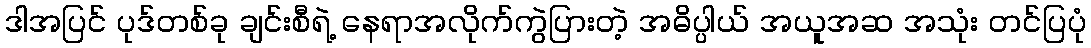
ဒါအပြင် ပုဒ်တစ်ခု ချင်းစီရဲ့ နေရာအလိုက်ကွဲပြားတဲ့ အဓိပ္ပါယ် အယူအဆ အသုံး တင်ပြပုံ